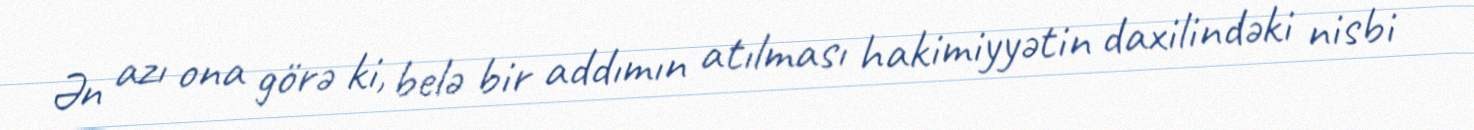
Ən azı ona görə ki, belə bir addımın atılması hakimiyyətin daxilindəki nisbi